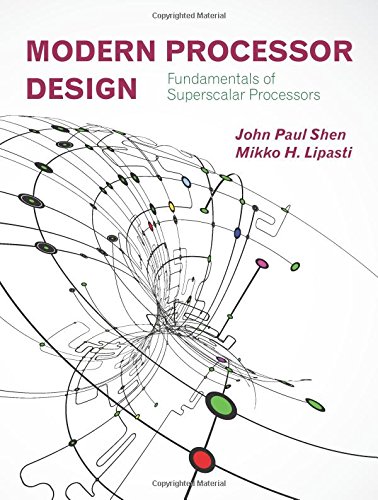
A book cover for Modern Processor Design: Fundamentals of Superscalar Processors; John Paul Shen; Computers & Technology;